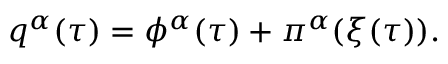
q ^ { \alpha } ( \tau ) = \phi ^ { \alpha } ( \tau ) + \pi ^ { \alpha } ( \xi ( \tau ) ) .